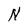
Character: N